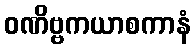
ဝဏိဗ္ဗကယာစကာနံ